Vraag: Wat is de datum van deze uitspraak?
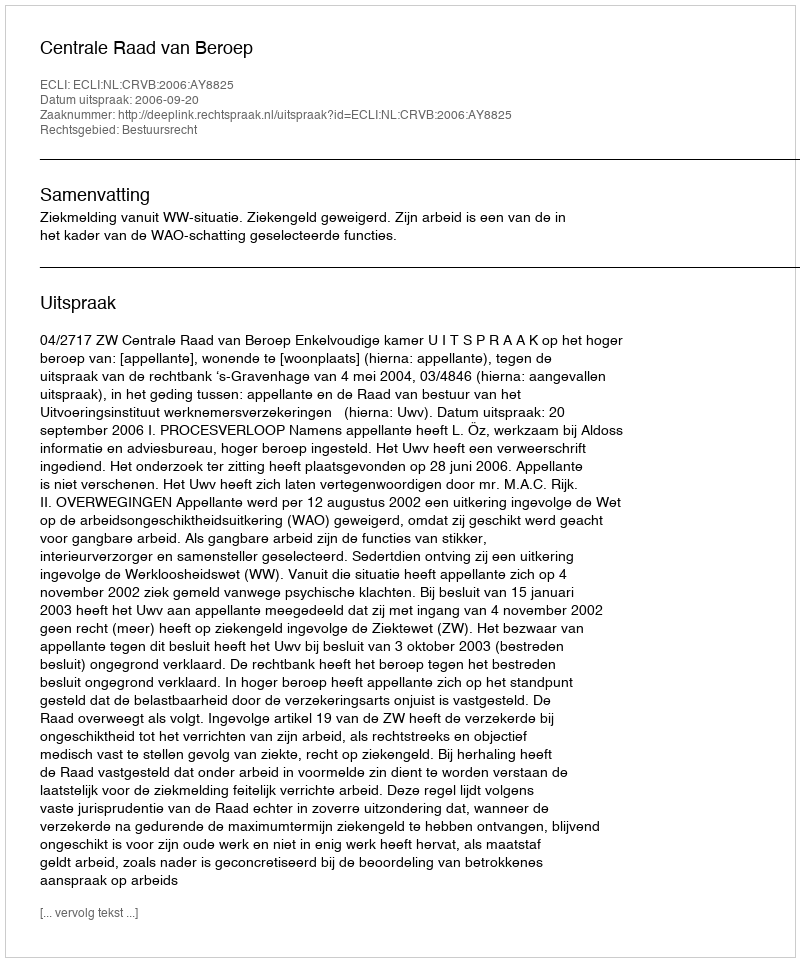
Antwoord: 2006-09-20